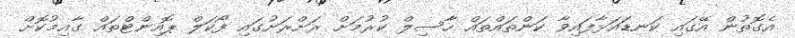
އެގޮތުން އޭގައި ކަނޑައަޅާފައިވާ ކަންތައްތައް ހާސިލް ކުރުމަށް ރަށްރަށުގައި ފޯކަލް ޕޮއިންޓްތައް ގާއިމުކޮށް